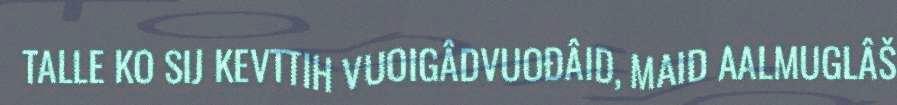
TALLE KO SIJ KEVTTIH VUOIGÂDVUOĐÂID, MAID AALMUGLÂŠ